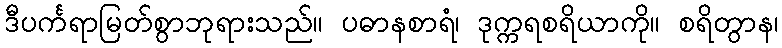
ဒီပင်္ကရာမြတ်စွာဘုရားသည်။ ပဓာနစာရံ၊ ဒုက္ကရစရိယာကို။ စရိတွာန၊